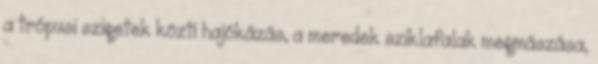
a trópusi szigetek közti hajókázás, a meredek sziklafalak megmászása,